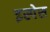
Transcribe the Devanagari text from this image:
इस्पेस